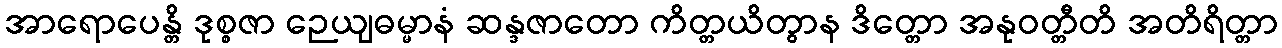
အာရောပေန္တိ ဒုစ္စဇာ ဉေယျဓမ္မာနံ ဆန္ဒဇာတော ကိတ္တယိတွာန ဒိတ္တော အနုဝတ္တီတိ အတိရိတ္တာ